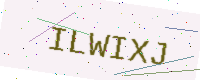
Text: ILWIXJ